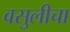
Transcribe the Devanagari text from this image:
वसुलीचा